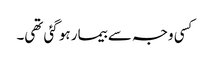
کسی وجہ سے بیمار ہو گئی تھی۔